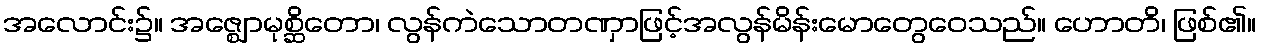
အလောင်း၌။ အဇ္ဈောမုစ္ဆိတော၊ လွန်ကဲသောတဏှာဖြင့်အလွန်မိန်းမောတွေဝေသည်။ ဟောတိ၊ ဖြစ်၏။